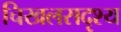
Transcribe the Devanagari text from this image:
चिखलसदृश्य